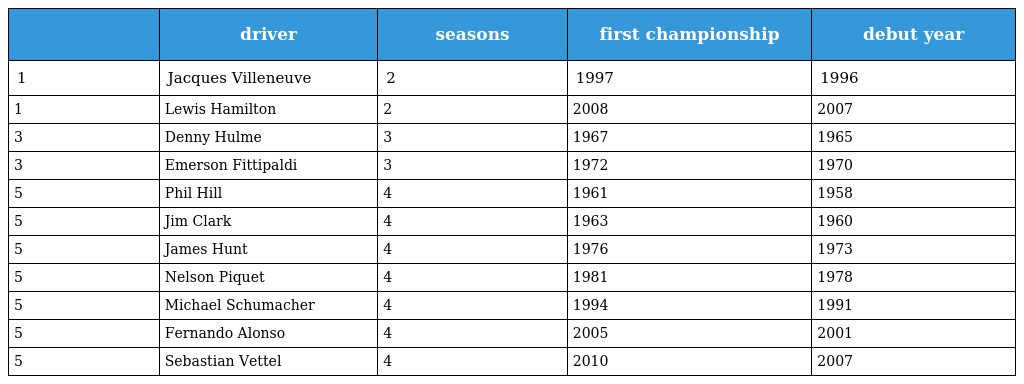
|  | driver | seasons | first championship | debut year |
 | --- | --- | --- | --- | --- |
 | 1 | Jacques Villeneuve | 2 | 1997 | 1996 |
 | 1 | Lewis Hamilton | 2 | 2008 | 2007 |
 | 3 | Denny Hulme | 3 | 1967 | 1965 |
 | 3 | Emerson Fittipaldi | 3 | 1972 | 1970 |
 | 5 | Phil Hill | 4 | 1961 | 1958 |
 | 5 | Jim Clark | 4 | 1963 | 1960 |
 | 5 | James Hunt | 4 | 1976 | 1973 |
 | 5 | Nelson Piquet | 4 | 1981 | 1978 |
 | 5 | Michael Schumacher | 4 | 1994 | 1991 |
 | 5 | Fernando Alonso | 4 | 2005 | 2001 |
 | 5 | Sebastian Vettel | 4 | 2010 | 2007 |